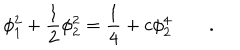
LaTeX: \phi _ { 1 } ^ { 2 } + \frac { 1 } { 2 } \phi _ { 2 } ^ { 2 } = \frac { 1 } { 4 } + c \phi _ { 2 } ^ { 4 } \qquad .